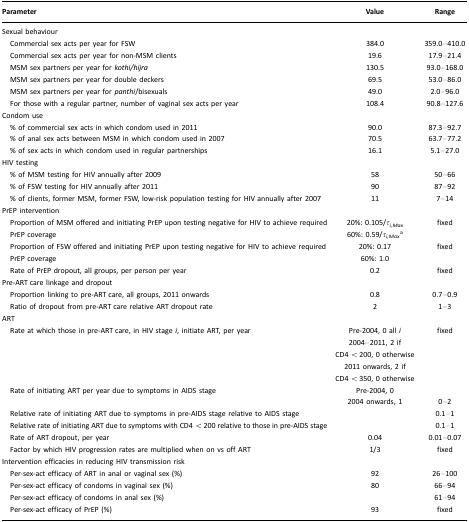
<table><thead><tr><td><b>Parameter</b></td><td><b>Value</b></td><td><b>Range</b></td></tr></thead><tbody><tr><td>Sexual behaviour</td><td></td><td></td></tr><tr><td> Commercial sex acts per year for FSW</td><td>384.0</td><td>359.0–410.0</td></tr><tr><td> Commercial sex acts per year for non-MSM clients</td><td>19.6</td><td>17.9–21.4</td></tr><tr><td> MSM sex partners per year for <i>kothi/hijra</i></td><td>130.5</td><td>93.0–168.0</td></tr><tr><td> MSM sex partners per year for double deckers</td><td>69.5</td><td>53.0–86.0</td></tr><tr><td> MSM sex partners per year for <i>panthi</i>/bisexuals</td><td>49.0</td><td>2.0–96.0</td></tr><tr><td> For those with a regular partner, number of vaginal sex acts per year</td><td>108.4</td><td>90.8–127.6</td></tr><tr><td>Condom use</td><td></td><td></td></tr><tr><td> % of commercial sex acts in which condom used in 2011</td><td>90.0</td><td>87.3–92.7</td></tr><tr><td> % of anal sex acts between MSM in which condom used in 2007</td><td>70.5</td><td>63.7–77.2</td></tr><tr><td> % of sex acts in which condom used in regular partnerships</td><td>16.1</td><td>5.1–27.0</td></tr><tr><td>HIV testing</td><td></td><td></td></tr><tr><td> % of MSM testing for HIV annually after 2009</td><td>58</td><td>50–66</td></tr><tr><td> % of FSW testing for HIV annually after 2011</td><td>90</td><td>87–92</td></tr><tr><td> % of clients, former MSM, former FSW, low-risk population testing for HIV annually after 2007</td><td>11</td><td>7–14</td></tr><tr><td>PrEP intervention</td><td></td><td></td></tr><tr><td> Proportion of MSM offered and initiating PrEP upon testing negative for HIV to achieve required PrEP coverage</td><td>20%: 0.105/<i>τ</i><sub><i>i,Max</i></sub>60%: 0.59/<i>τ</i><sub><i>i,Max</i></sub>a</td><td>fixed</td></tr><tr><td> Proportion of FSW offered and initiating PrEP upon testing negative for HIV to achieve required PrEP coverage</td><td>20%: 0.1760%: 1.0</td><td>fixed</td></tr><tr><td> Rate of PrEP dropout, all groups, per person per year</td><td>0.2</td><td>fixed</td></tr><tr><td>Pre-ART care linkage and dropout</td><td></td><td></td></tr><tr><td> Proportion linking to pre-ART care, all groups, 2011 onwards</td><td>0.8</td><td>0.7–0.9</td></tr><tr><td> Ratio of dropout from pre-ART care relative ART dropout rate</td><td>2</td><td>1–3</td></tr><tr><td>ART</td><td></td><td></td></tr><tr><td> Rate at which those in pre-ART care, in HIV stage <i>i</i>, initiate ART, per year</td><td>Pre-2004, 0 all <i>i</i>2004–2011, 2 if CD4 &lt; 200, 0 otherwise 2011 onwards, 2 if CD4 &lt; 350, 0 otherwise</td><td>fixed</td></tr><tr><td> Rate of initiating ART per year due to symptoms in AIDS stage</td><td>Pre-2004, 0 2004 onwards, 1</td><td>0–2</td></tr><tr><td> Relative rate of initiating ART due to symptoms in pre-AIDS stage relative to AIDS stage</td><td></td><td>0.1–1</td></tr><tr><td> Relative rate of initiating ART due to symptoms with CD4 &lt; 200 relative to those in pre-AIDS stage</td><td></td><td>0.1–1</td></tr><tr><td> Rate of ART dropout, per year</td><td>0.04</td><td>0.01–0.07</td></tr><tr><td> Factor by which HIV progression rates are multiplied when on vs off ART</td><td>1/3</td><td>fixed</td></tr><tr><td>Intervention efficacies in reducing HIV transmission risk</td><td></td><td></td></tr><tr><td> Per-sex-act efficacy of ART in anal or vaginal sex (%)</td><td>92</td><td>26–100</td></tr><tr><td> Per-sex-act efficacy of condoms in vaginal sex (%)</td><td>80</td><td>66–94</td></tr><tr><td> Per-sex-act efficacy of condoms in anal sex (%)</td><td></td><td>61–94</td></tr><tr><td> Per-sex-act efficacy of PrEP (%)</td><td>93</td><td>fixed</td></tr></tbody></table>